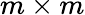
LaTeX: m\times m